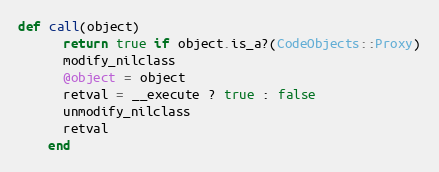
Language: Ruby
def call(object)
      return true if object.is_a?(CodeObjects::Proxy)
      modify_nilclass
      @object = object
      retval = __execute ? true : false
      unmodify_nilclass
      retval
    end